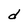
Character: d